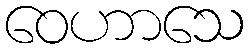
ဝေဟာသေ